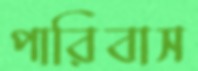
পারিবাস